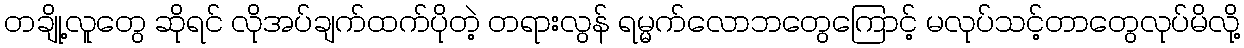
တချို့လူတွေ ဆိုရင် လိုအပ်ချက်ထက်ပိုတဲ့ တရားလွန် ရမ္မက်လောဘတွေကြောင့် မလုပ်သင့်တာတွေလုပ်မိလို့